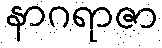
နာဂရာဇာ